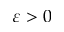
\varepsilon > 0